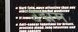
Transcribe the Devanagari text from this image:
उद्मम